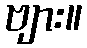
ဗျား။